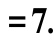
$= 7.$